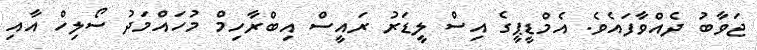
ޖަވާބު ދެއްވާފައެވެ. އެމްޑީޕީގެ އިސް ލީޑަރު ރައީސް އިބްރާހިމް މުހައްމަދު ސޯލިހް އާއި